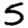
Digit: 5